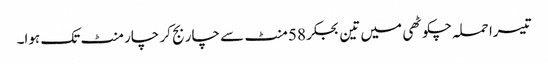
تیسرا حملہ چکوٹھی میں تین بجکر 58 منٹ سے چار بج کر چار منٹ تک ہوا۔